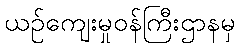
ယဉ်ကျေးမှုဝန်ကြီးဌာနမှ